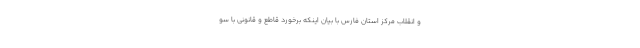
و انقلاب مرکز استان فارس با بیان اینکه برخورد قاطع و قانونی با سو